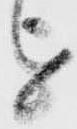
を